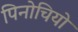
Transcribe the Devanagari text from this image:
पिनोचियो